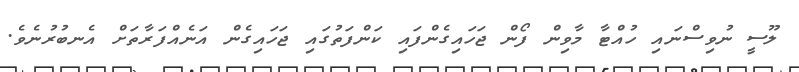
ލޫސީ ނުވިސްނައި ހުއްޓާ މާވިން ފޯން ޖަހައިގެންފައި ކަންފަތުގައި ޖަހައިގެން އަނެއްފަރާތަށް އެނބުރުނެވެ.